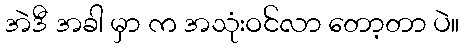
အဲဒီ အခါ မှာ က အသုံးဝင်လာ တော့တာ ပဲ။